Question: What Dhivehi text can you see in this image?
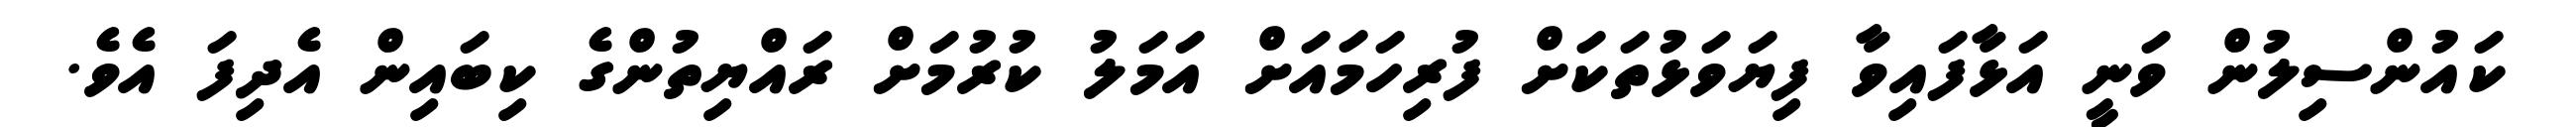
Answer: ކައުންސިލުން ވަނީ އަޅާފައިވާ ފިޔަވަޅުތަކަށް ފުރިހަމައަށް އަމަލު ކުރުމަށް ރައްޔިތުންގެ ކިބައިން އެދިފަ އެވެ.